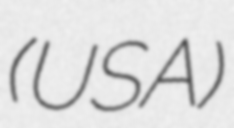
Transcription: (USA)